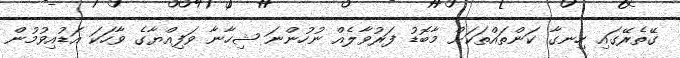
ގޭތެރޭގައި ހިނގާ ކަންތައްތަކަށް މާބޮޑު ފަރުވާލެއް ނުހުންނަ ޝިހާނާ ވަފިއްޔާގެ ވާހަކަ އަޑުއިވުމުން